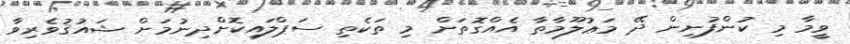
ވީމާ މި ކުންފުނިން ދޭ މަޢުލޫމާތާ އެއްގޮތަށް މި ތަކެތި ސަޕްލައިކޮށްދިނުމަށް ޝައުޤުވެރިވާ